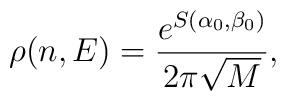
\rho(n,E)=\frac{e^{S(\alpha_0,\beta_0)}}{2\pi \sqrt{M}},